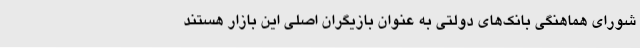
شورای هماهنگی بانک‌های دولتی به عنوان بازیگران اصلی این بازار هستند